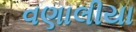
વણાલીયા